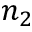
n _ { 2 }